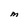
Character: M